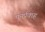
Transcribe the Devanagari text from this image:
पुनर्प्रवाह